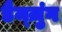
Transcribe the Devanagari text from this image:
डैम्ज़ुंग